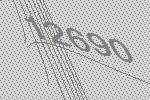
12690